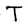
Character: T